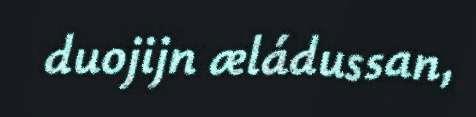
duojijn æládussan,